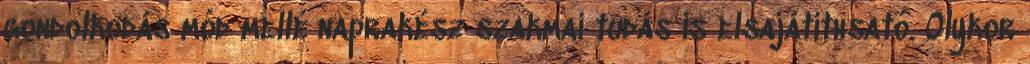
gondolkodás mód mellé naprakész szakmai tudás is elsajátíthsató. Olykor